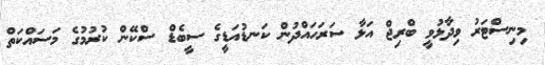
މިނިސްޓަރު ވިދާޅުވީ ބްރިޖް އަޅާ ސަރަހައްދުން ކަނޑުއަޑީގެ ސީބެޑް ސްކޭން ކުރުމުގެ މަސައްކަތް